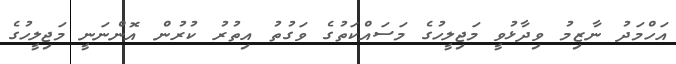
އަހްމަދު ނާޒިމު ވިދާޅުވީ މަޖިލީހުގެ މަސައްކަތުގެ ވަގުތު އިތުރު ކުރުން އޮންނަނީ މަޖިލީހުގެ